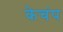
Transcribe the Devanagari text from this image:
केचंप